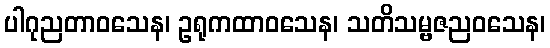
ပါဂုညတာဝသေန၊ ဥရုကထာဝသေန၊ သတိသမ္ဗဇညဝသေန၊